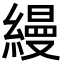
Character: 縵